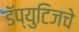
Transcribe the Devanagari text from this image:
डॅप्युटिजचे